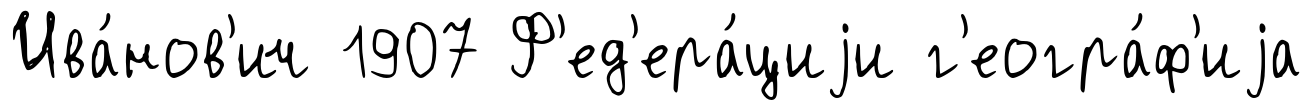
Ива́нов'ич 1907 Ф'ед'ера́циjи г'еогра́ф'иjа